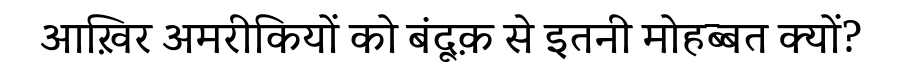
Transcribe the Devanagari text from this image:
आख़िर अमरीकियों को बंदूक़ से इतनी मोहब्बत क्यों?